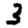
Digit: 3